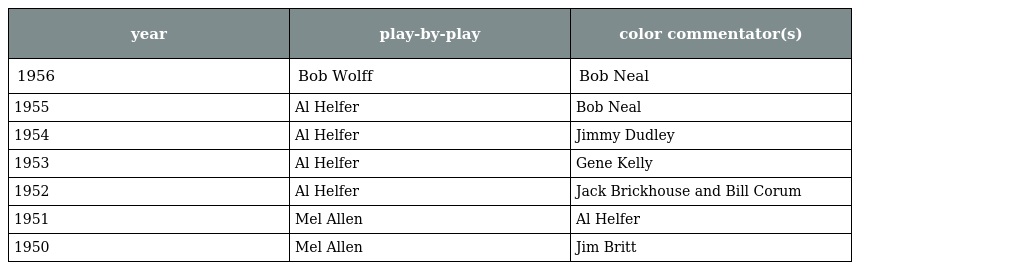
| year | play-by-play | color commentator(s) |
 | --- | --- | --- |
 | 1956 | Bob Wolff | Bob Neal |
 | 1955 | Al Helfer | Bob Neal |
 | 1954 | Al Helfer | Jimmy Dudley |
 | 1953 | Al Helfer | Gene Kelly |
 | 1952 | Al Helfer | Jack Brickhouse and Bill Corum |
 | 1951 | Mel Allen | Al Helfer |
 | 1950 | Mel Allen | Jim Britt |